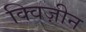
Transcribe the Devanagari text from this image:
क्विज़ीन